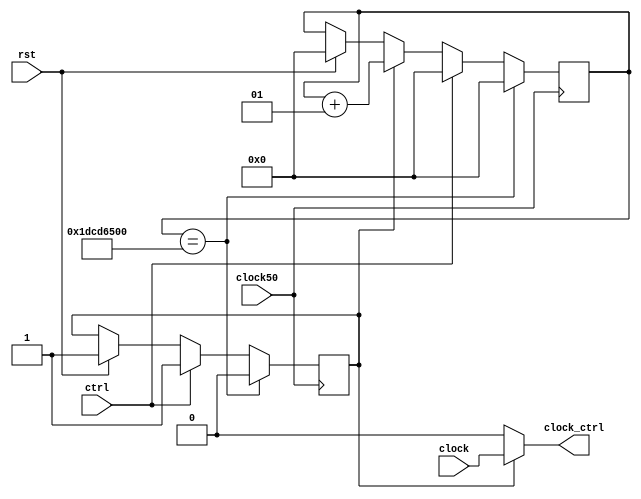
module mono(
    input clock50,
    input clock, ctrl,
    output clock_ctrl,
    input rst
);

reg saida;
integer contador;

assign clock_ctrl = saida ? clock : 1'b0;   //Mudado para ser um sinal de controle real e no o clock modulado

initial
    begin
        saida     <= 0;
        contador  <= 0;
    end

always @(posedge clock50)
    begin

        if(rst)
            begin
                contador    <= 0;
                saida       <= 1;
            end

        if(saida)
            contador    <= contador+1;

        if(contador == 500000000)  //10 segundos
            begin
                saida       <= 0;
                contador    <= 0;
            end
        else
            if(ctrl)
                begin
                    saida       <= 1;
                    contador    <= 0;
                end
    end

endmodule